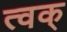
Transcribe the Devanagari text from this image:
त्वक्‌